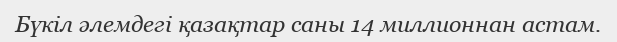
Бүкіл әлемдегі қазақтар саны 14 миллионнан астам.